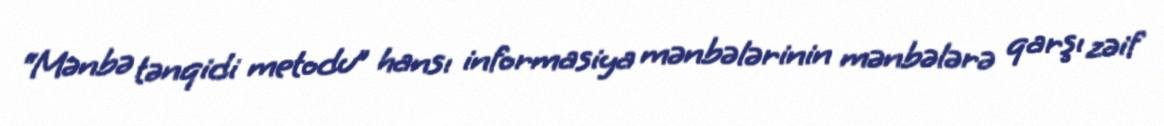
“Mənbə tənqidi metodu” hansı informasiya mənbələrinin mənbələrə qarşı zəif